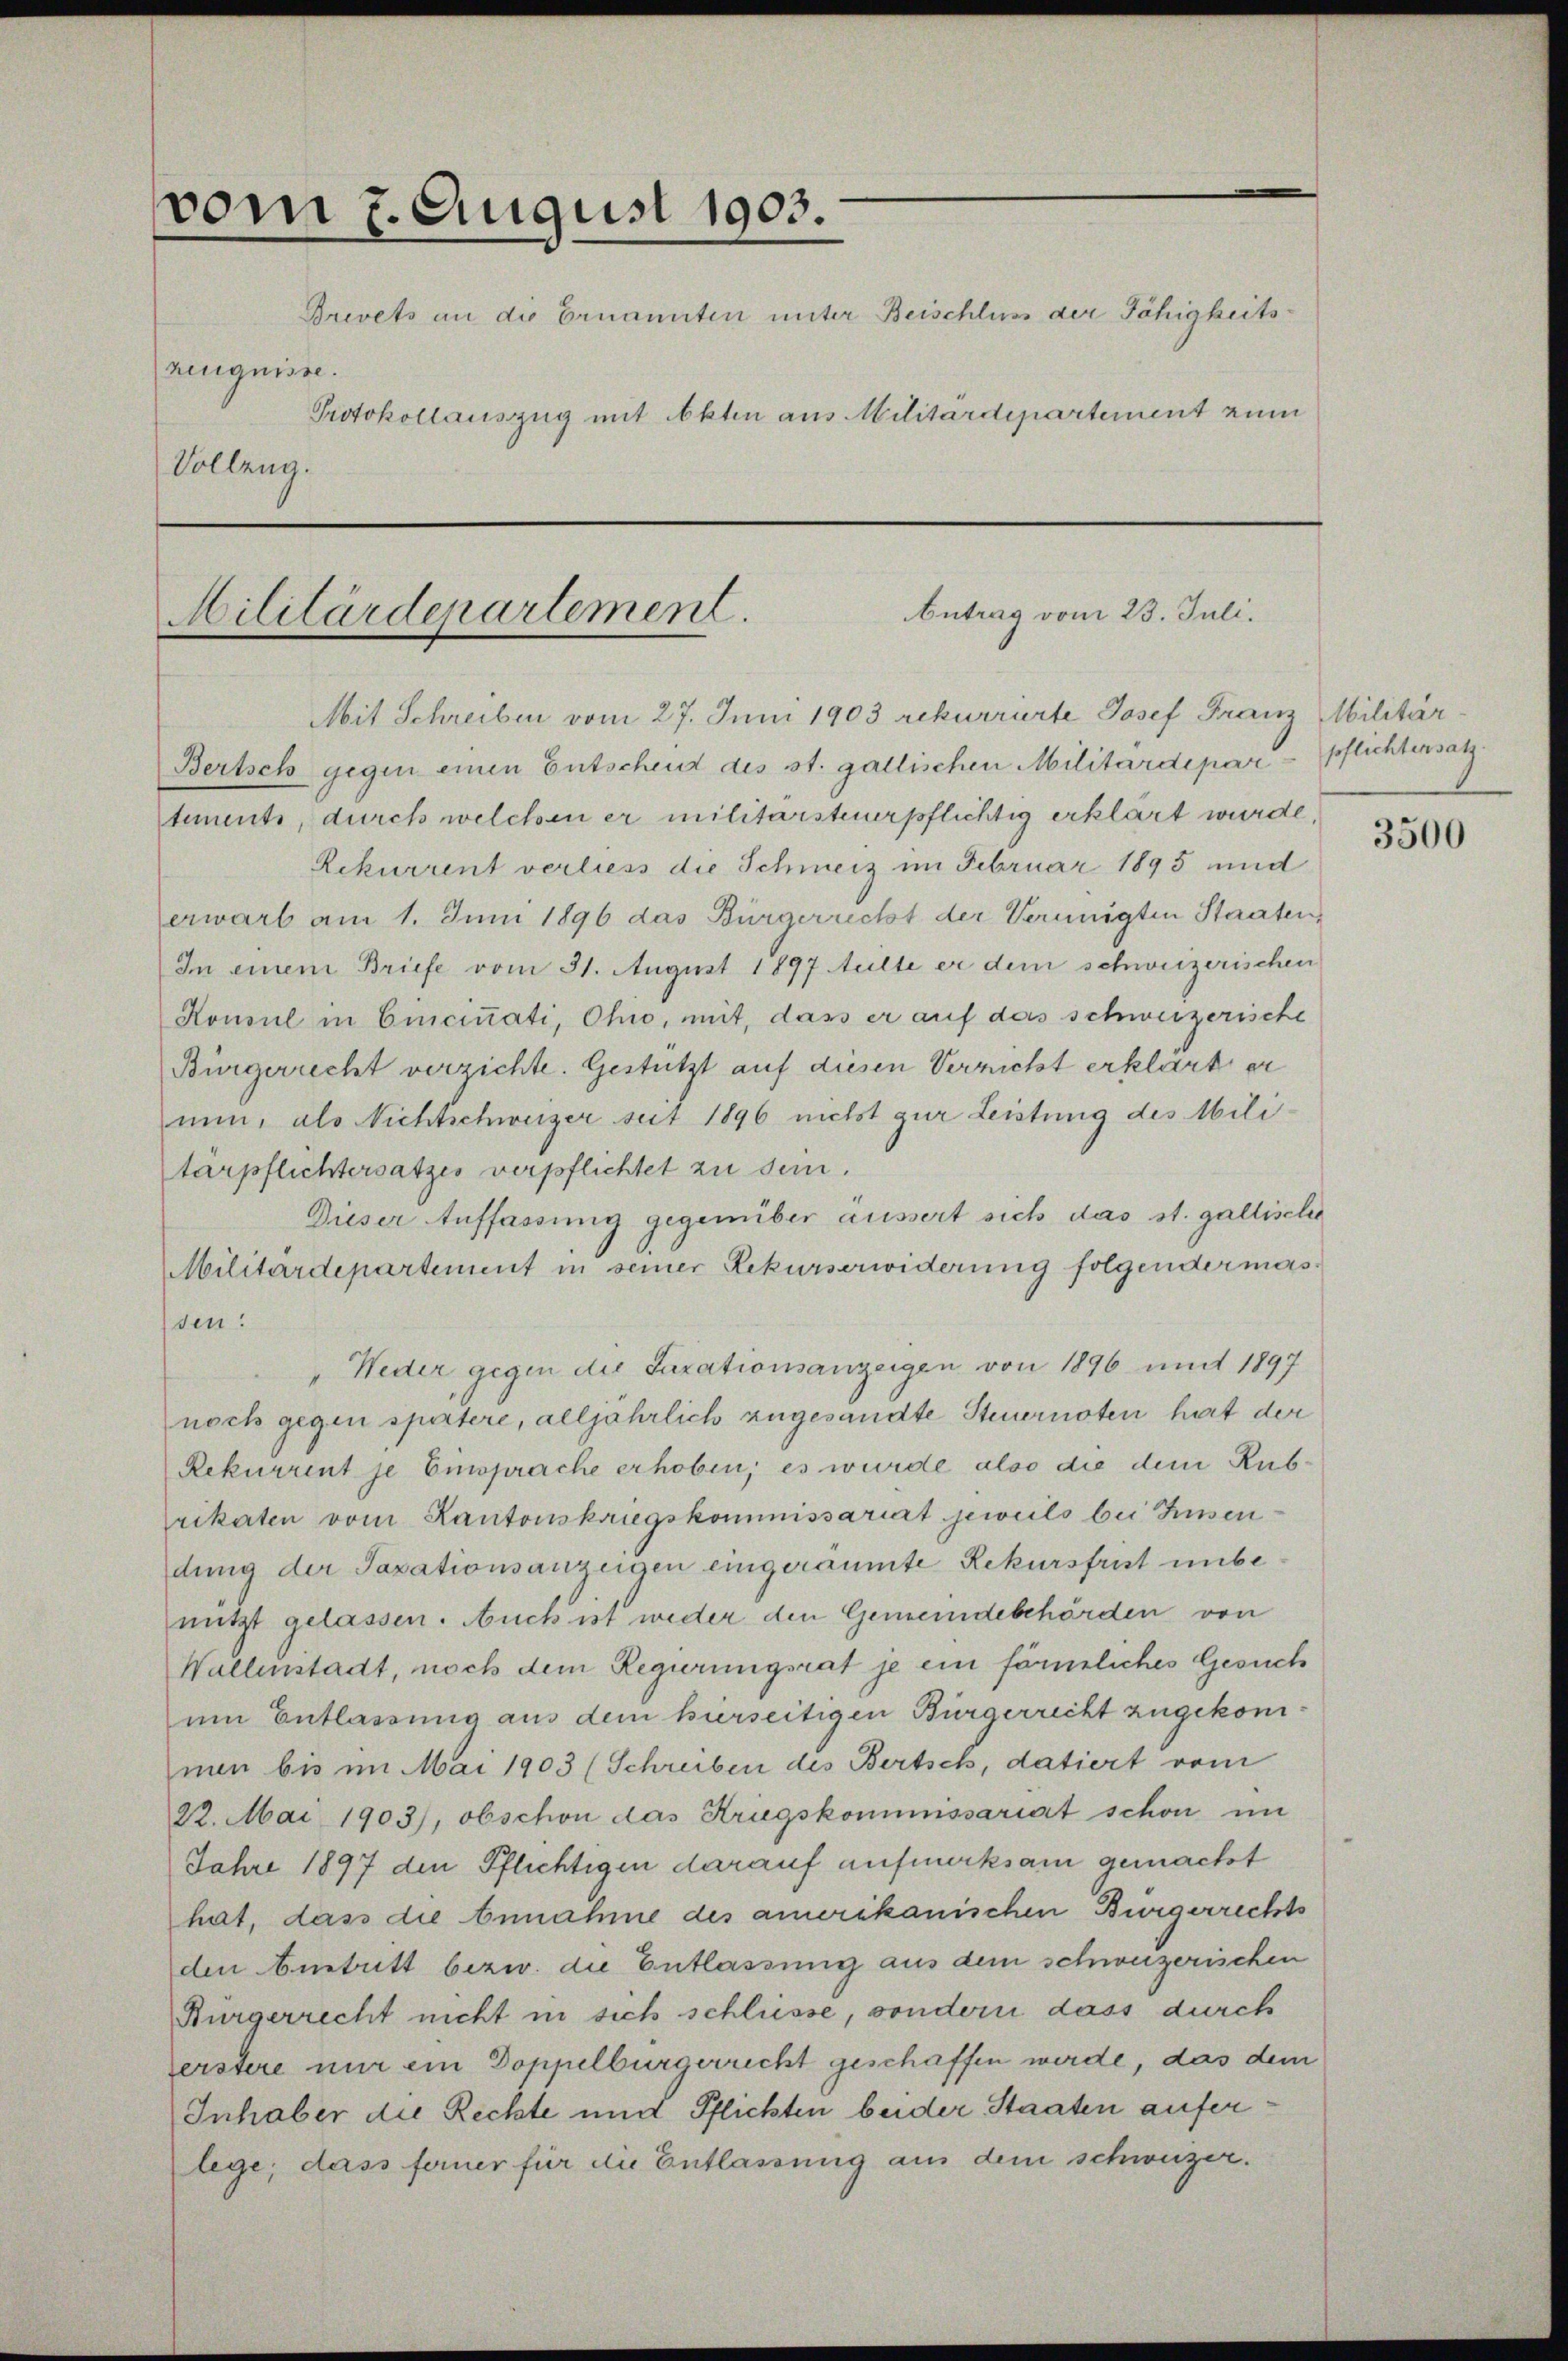
vom 7. August 1903.
Brevets an die Ernannten unter Beischlum der Fähigkeitshenquisse.
Protokollauszug mit Okten aus Militärdepartement zum
Volleng.
Antrag vom 23. Juli.
Militärdepartement.

Mit Schreiben vom 27. Juni 1903 rekurrirte Josef Franz Militär¬
Bertsch gegen einen Entschend des st. gallischen Militärdepar-pflichtensatz
tements, durch welchen er militärsteuerpflichtig erklärt wurde,
Rekurrent verliess die Schweiz im Februar 1895 und
erwarb am 1. Juni 1896 das Bürgerrecht der Vereinigten Staaten,
In einem Briefe vom 31. August 1897 eilte er dem schweizerischen
Konsul in Cincinati, Ohio, mit, dass er auf das schweizerische
Bürgerrecht verzichte. Gestützt auf diesen Verricht erklärt er
nun, als Nichtschweizer seit 1896 nicht zur Leistung des Militärpflichtersatzes verpflichtet zu sein.
Dieser Auffassung gegenüber äussert sich das st. gallische
Militärdepartement in seiner Rekurserwiderung folgendermasden:
" Neder gegen die Taxationsanzeigen von 1896 und 1897
noch gegen spätere, alljährlich zugesandte Steuernoten hat der
Rekurrent je Einsprache erhoben; es wurde also die dem Rubrikarten vom Kantonskriegskommissariat jeweils bei Zusendung der Taxationsanzeigen eingeräumte Rekursfrist unbenutzt gelassen. Auch ist weder den Gemeindebehörden von
Wallenstadt, noch dem Regierungsrat je ein förmliches Gesuch
um Entlassung aus dem hierseitigen Bürgerrecht zugekommen bis im Mai 1903 (Schreiben des Bertsch, datiert vom
22. Mai 1903), obschon das Kriegskommissariat schon im
Jahre 1897 den Pflichtigen darauf aufmerksam gemacht
hat, dass die Annahme des amerikanischen Bürgerrechts
den Anstatt bezw. die Entlassung aus dem schweizerischen
Bürgerrecht nicht in sich schlüsse, sondern dass durch
erstere nur ein Doppelburgerrecht geschaffen werde, das dem
Inhaber die Rechte und Pflichten beider Staaten auferlege; dass ferner für die Entlassung aus dem schweizer.

3500